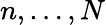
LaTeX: n,\dots,N